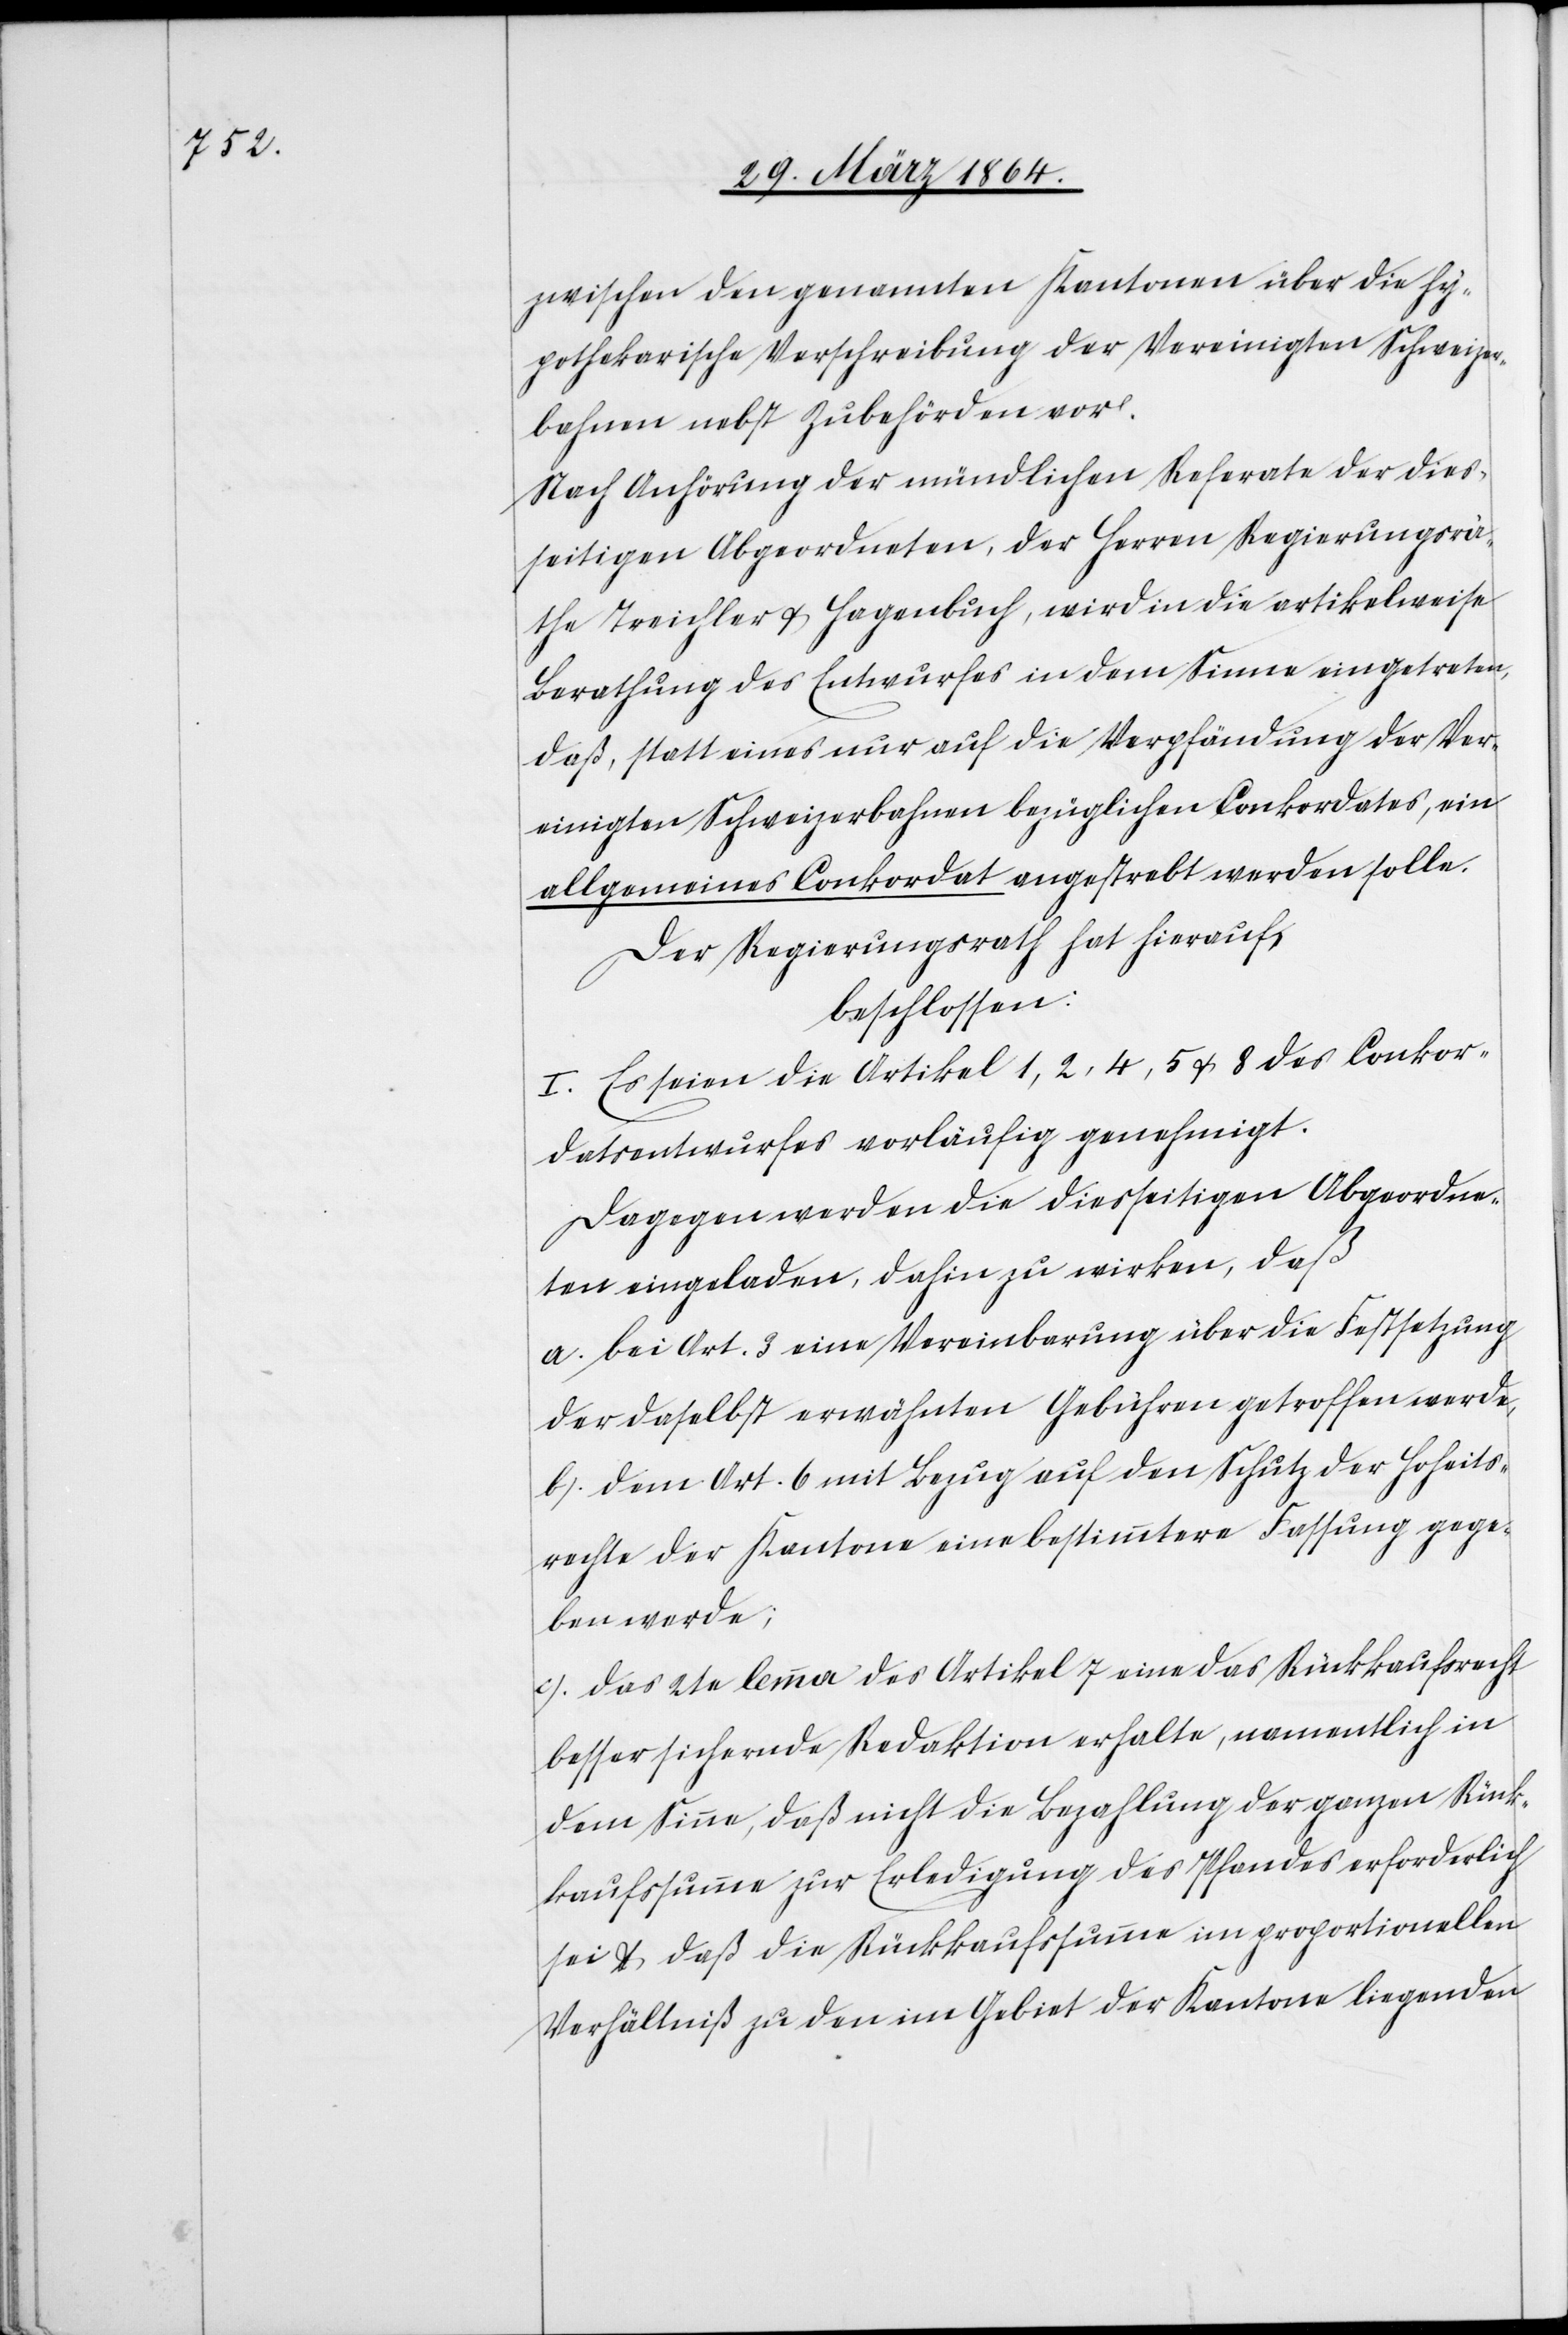
zwischen den genannten Kantonen über die hy¬
pothekarische Verschreibung der Vereinigten Schweizer¬
bahnen nebst Zubehörden vor.
Nach Anhörung der mündlichen Referate der dies¬
seitigen Abgeordneten, der Herren Regierungsrä¬
the Treichler u. Hagenbuch, wird in die artikelweise
Berathung des Entwurfes in dem Sinne eingetreten,
daß, statt eines nur auf die Verpfändung der Ver¬
einigten Schweizerbahnen bezüglichen Conkordates, ein
allgemeines Conkordat angestrebt werden solle.
Der Regierungsrath hat hierauf,
beschlossen:
I. Es seien die Artikel 1, 2, 4, 5, u. 8 des Conkor¬
datsentwurfes vorläufig genehmigt.
Dagegen werden die diesseitigen Abgeordne¬
ten eingeladen, dahin zu wirken, daß
a.) bei Art. 3 eine Vereinbarung über die Festsetzung
der daselbst erwähnten Gebühren getroffen werde,
b.) dem Art. 6 mit Bezug auf den Schutz der Hoheits¬
rechte der Kantone eine bestimmtere Fassung gege¬
ben werde;
c.) das 2te lemma des Artikel 7 eine das Rückkaufsrecht
besser sichernde Redaktion erhalte, namentlich in
dem Sinne, daß nicht die Bezahlung der ganzen Rück¬
kaufssumme zur Erledigung des Pfandes erforderlich
sei u. daß die Rückkaufssumme im proportionellen
Verhältniß zu den im Gebiet der Kantone liegenden